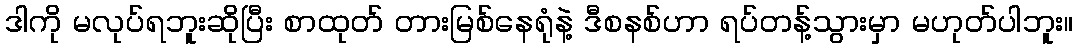
ဒါကို မလုပ်ရဘူးဆိုပြီး စာထုတ် တားမြစ်နေရုံနဲ့ ဒီစနစ်ဟာ ရပ်တန့်သွားမှာ မဟုတ်ပါဘူး။